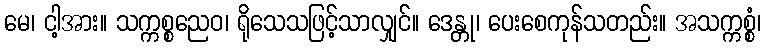
မေ၊ ငါ့အား။ သက္ကစ္စညေဝ၊ ရိုသေသဖြင့်သာလျှင်။ ဒေန္တု၊ ပေးစေကုန်သတည်း။ အသက္ကစ္စံ၊